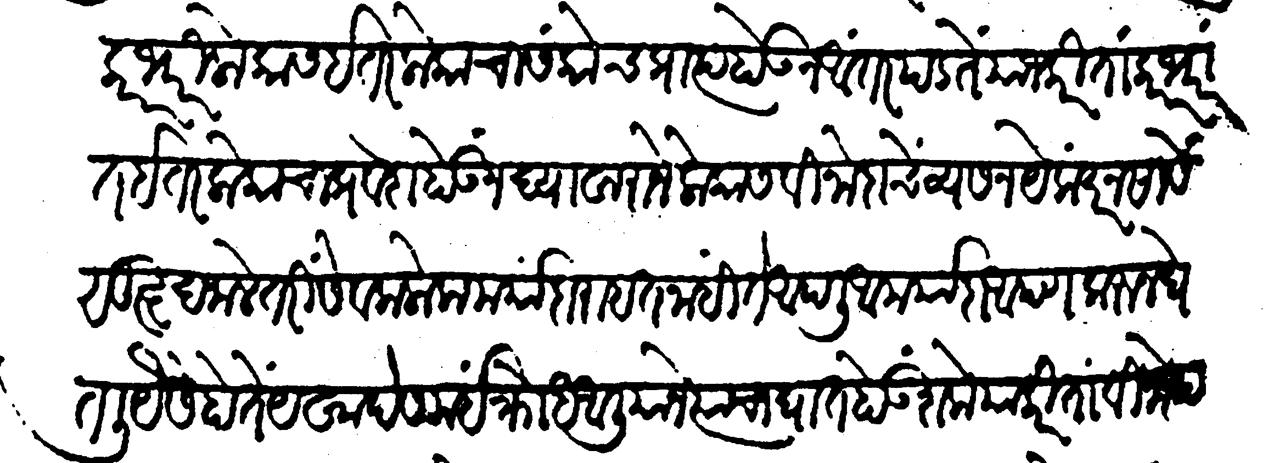
Transliteration (Devanagari): कारभारी लोकांस इतर लोकांचा संकोच प्राप्त होऊन आंतर पडतें याजकरितां कारभारात इतर लोकाचा प्रवेश होऊं न द्यावा राजेलोकांस विनोदाचें व्यसन येकंदर नसावे सुहृद जाले तरी सेवक लोक मर्यादा राहत नाहीं ते आपली आमर्यादा आपण करून घेतली यैसें होतें येखादे समयीं क्रोध आलीयाने त्यांचा घात होऊं शके याकरिता विनोद